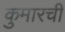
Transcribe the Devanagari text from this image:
कुमारची